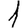
Digit: 1